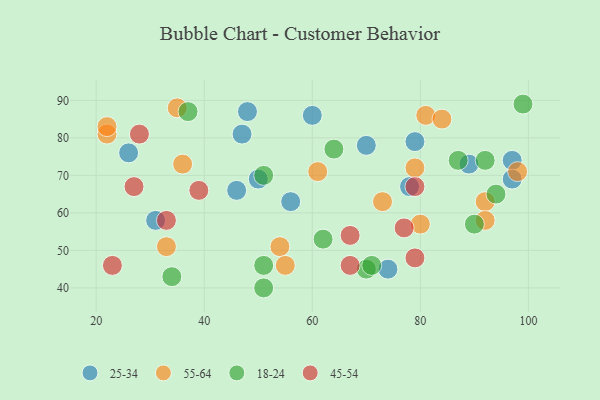
{"axis": {"x": "GDP", "y": "Life Expectancy"}, "legend": ["18-24", "25-34", "45-54", "55-64"], "data": [{"x": "31", "y": 58, "type": "25-34"}, {"x": "46", "y": 66, "type": "25-34"}, {"x": "74", "y": 45, "type": "25-34"}, {"x": "97", "y": 74, "type": "25-34"}, {"x": "47", "y": 81, "type": "25-34"}, {"x": "60", "y": 86, "type": "25-34"}, {"x": "78", "y": 67, "type": "25-34"}, {"x": "97", "y": 69, "type": "25-34"}, {"x": "70", "y": 78, "type": "25-34"}, {"x": "79", "y": 79, "type": "25-34"}, {"x": "89", "y": 73, "type": "25-34"}, {"x": "50", "y": 69, "type": "25-34"}, {"x": "48", "y": 87, "type": "25-34"}, {"x": "56", "y": 63, "type": "25-34"}, {"x": "26", "y": 76, "type": "25-34"}, {"x": "22", "y": 81, "type": "55-64"}, {"x": "92", "y": 63, "type": "55-64"}, {"x": "33", "y": 51, "type": "55-64"}, {"x": "35", "y": 88, "type": "55-64"}, {"x": "98", "y": 71, "type": "55-64"}, {"x": "73", "y": 63, "type": "55-64"}, {"x": "54", "y": 51, "type": "55-64"}, {"x": "55", "y": 46, "type": "55-64"}, {"x": "61", "y": 71, "type": "55-64"}, {"x": "22", "y": 83, "type": "55-64"}, {"x": "36", "y": 73, "type": "55-64"}, {"x": "81", "y": 86, "type": "55-64"}, {"x": "79", "y": 72, "type": "55-64"}, {"x": "92", "y": 58, "type": "55-64"}, {"x": "80", "y": 57, "type": "55-64"}, {"x": "84", "y": 85, "type": "55-64"}, {"x": "62", "y": 53, "type": "18-24"}, {"x": "51", "y": 70, "type": "18-24"}, {"x": "34", "y": 43, "type": "18-24"}, {"x": "99", "y": 89, "type": "18-24"}, {"x": "64", "y": 77, "type": "18-24"}, {"x": "51", "y": 40, "type": "18-24"}, {"x": "90", "y": 57, "type": "18-24"}, {"x": "94", "y": 65, "type": "18-24"}, {"x": "51", "y": 46, "type": "18-24"}, {"x": "70", "y": 45, "type": "18-24"}, {"x": "87", "y": 74, "type": "18-24"}, {"x": "71", "y": 46, "type": "18-24"}, {"x": "92", "y": 74, "type": "18-24"}, {"x": "37", "y": 87, "type": "18-24"}, {"x": "79", "y": 67, "type": "45-54"}, {"x": "27", "y": 67, "type": "45-54"}, {"x": "77", "y": 56, "type": "45-54"}, {"x": "67", "y": 54, "type": "45-54"}, {"x": "23", "y": 46, "type": "45-54"}, {"x": "67", "y": 46, "type": "45-54"}, {"x": "39", "y": 66, "type": "45-54"}, {"x": "79", "y": 48, "type": "45-54"}, {"x": "28", "y": 81, "type": "45-54"}, {"x": "33", "y": 58, "type": "45-54"}]}